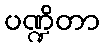
ပဏ္ဍိတာ